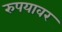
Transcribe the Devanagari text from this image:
रुपयावर